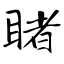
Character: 睹